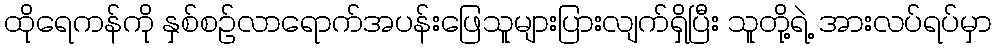
ထိုရေကန်ကို နှစ်စဉ်လာရောက်အပန်းဖြေသူများပြားလျက်ရှိပြီး သူတို့ရဲ့ အားလပ်ရပ်မှာ